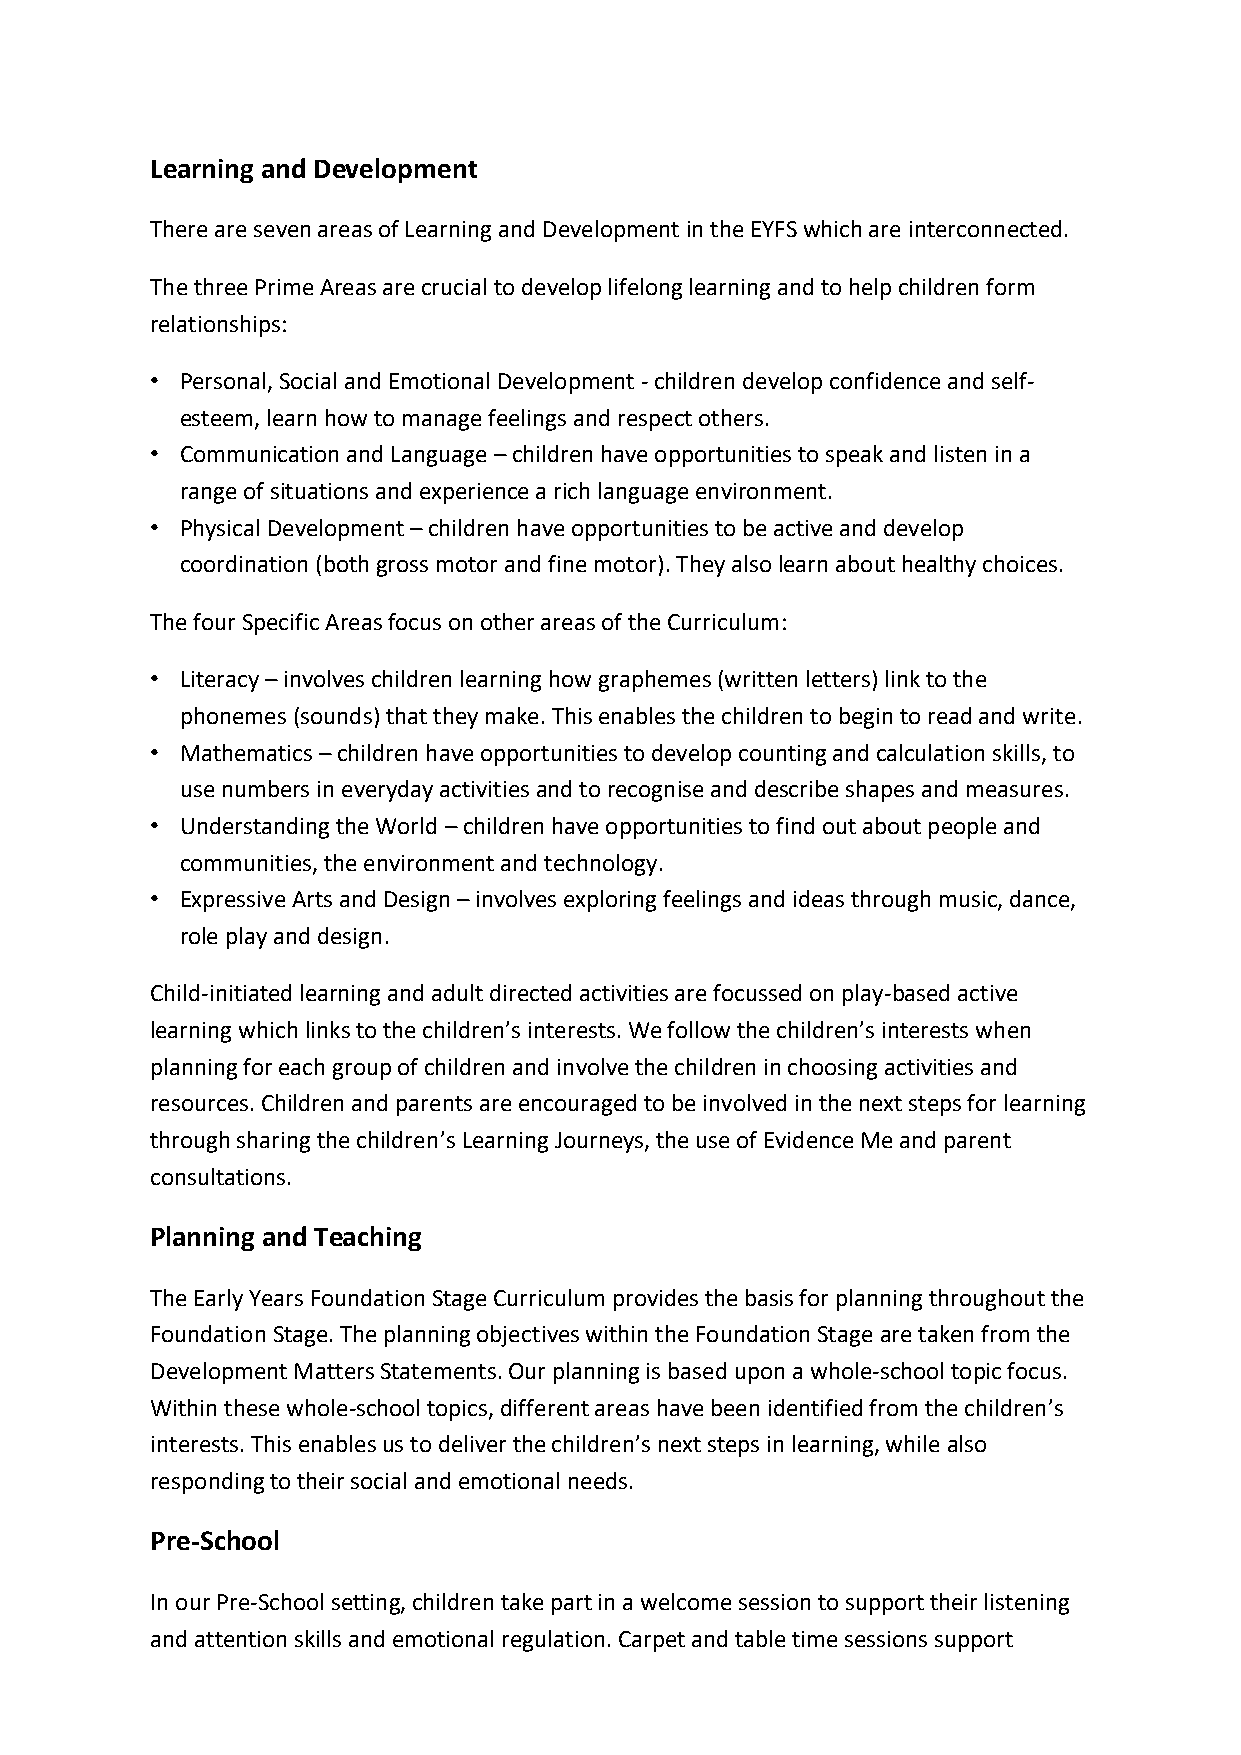
Learning and Development
 There are seven areas of Learning and Development in the EYFS which are interconnected.
 The three Prime Areas are crucial to develop lifelong learning and to help children form
 relationships:
 • Personal, Social and Emotional Development - children develop confidence and self-
 esteem, learn how to manage feelings and respect others.
 • Communication and Language – children have opportunities to speak and listen in a
 range of situations and experience a rich language environment.
 • Physical Development – children have opportunities to be active and develop
 coordination (both gross motor and fine motor). They also learn about healthy choices.
 The four Specific Areas focus on other areas of the Curriculum:
 • Literacy – involves children learning how graphemes (written letters) link to the
 phonemes (sounds) that they make. This enables the children to begin to read and write.
 • Mathematics – children have opportunities to develop counting and calculation skills, to
 use numbers in everyday activities and to recognise and describe shapes and measures.
 • Understanding the World – children have opportunities to find out about people and
 communities, the environment and technology.
 • Expressive Arts and Design – involves exploring feelings and ideas through music, dance,
 role play and design.
 Child-initiated learning and adult directed activities are focussed on play-based active
 learning which links to the children’s interests. We follow the children’s interests when
 planning for each group of children and involve the children in choosing activities and
 resources. Children and parents are encouraged to be involved in the next steps for learning
 through sharing the children’s Learning Journeys, the use of Evidence Me and parent
 consultations.
 Planning and Teaching
 The Early Years Foundation Stage Curriculum provides the basis for planning throughout the
 Foundation Stage. The planning objectives within the Foundation Stage are taken from the
 Development Matters Statements. Our planning is based upon a whole-school topic focus.
 Within these whole-school topics, different areas have been identified from the children’s
 interests. This enables us to deliver the children’s next steps in learning, while also
 responding to their social and emotional needs.
 Pre-School
 In our Pre-School setting, children take part in a welcome session to support their listening
 and attention skills and emotional regulation. Carpet and table time sessions support